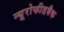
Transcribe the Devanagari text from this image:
न्यूरोफीडबैक